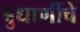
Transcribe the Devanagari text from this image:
बुधाणींचे